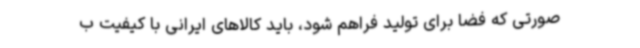
صورتی که فضا برای تولید فراهم شود، باید کالاهای ایرانی با کیفیت ب